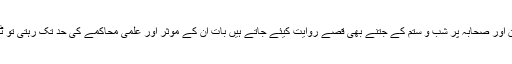
انقلاب ایران اور صحابہ پر شب و ستم کے جتنے بھی قصے روایت کیئے جاتے ہیں بات ان کے موثر اور علمی محاکمے کی حد تک رہتی تو ٹھیک تھی ۔